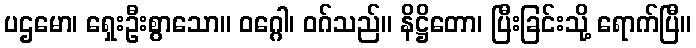
ပဌမော၊ ရှေးဦးစွာသော။ ဝဂ္ဂေါ၊ ဝဂ်သည်။ နိဋ္ဌိတော၊ ပြီးခြင်းသို့ ရောက်ပြီ။